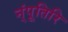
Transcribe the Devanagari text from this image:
न्ंपूतिरि